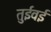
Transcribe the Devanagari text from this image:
तुईवई